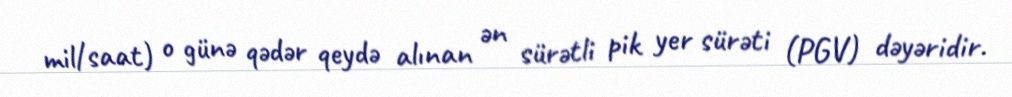
mil/saat) o günə qədər qeydə alınan ən sürətli pik yer sürəti (PGV) dəyəridir.